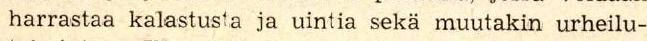
 harrastaa kalastusta ja uintia sekä muutakin urheilu-